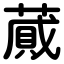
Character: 蕆